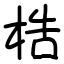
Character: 梏